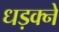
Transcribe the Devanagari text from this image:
धड़क्ने